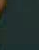
.